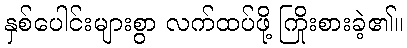
နှစ်ပေါင်းများစွာ လက်ထပ်ဖို့ ကြိုးစားခဲ့၏။